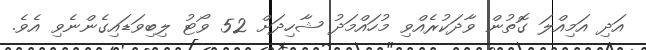
އަދި އަމިއްލަ ގޮތުން ވާދަކުރެއްވި މުހައްމަދު ޝާހިދަށް 52 ވޯޓު ލިބިވަޑައިގެންނެވި އެވެ.